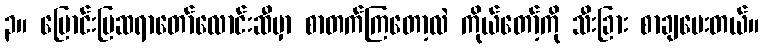
၃။ မြောင်းမြဆရာတော်လောင်းဆီမှာ စာတက်ကြတော့လဲ ကိုယ်တော့်ကို သီးခြား စာချပေးတယ်။